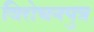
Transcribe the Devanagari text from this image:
विरोचनपुत्र